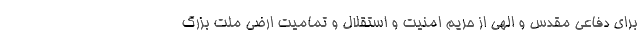
برای دفاعی مقدس و الهی از حریم امنیت و استقلال و تمامیت ارضی ملت بزرگ